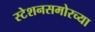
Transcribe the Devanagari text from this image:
स्टेशनसमोरच्या